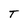
Character: T